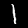
Label: 1